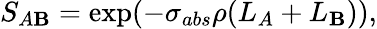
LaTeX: S_{A\mathbf{B}}=\exp(-\sigma_{abs}\rho(L_{A}+L_{\mathbf{B}})),